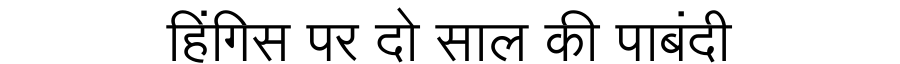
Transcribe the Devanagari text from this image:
हिंगिस पर दो साल की पाबंदी